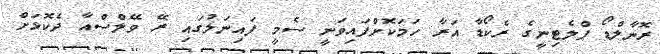
ރޮނާލްޑޯ ޕްލެޓިނީގެ ރެކޯޑާ އަރާ ހަމަކޮށްފައިވަނީ ސެމީ ފައިނަލުގައި ރޭ ވޭލްސްއާ ދެކޮޅަށް